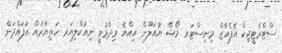
ސްޓްރެޓީޖިކް އެފެއާޒް މިނިސްޓަރ މޯޝޭ ޔުއަލޫން އިއްޔެ ވިދާޅުވީ ނިއުކްލިޔަރ ހަތިޔާރެއް އުފައްދަން